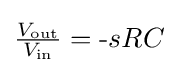
{\tfrac {V_{\text{out}}}{V_{\text{in}}}}={\text{-}}sRC